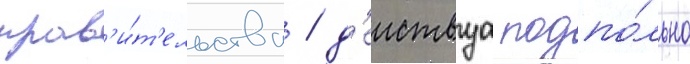
прав'и́т'ельства / д'еиствуа подпо́льно